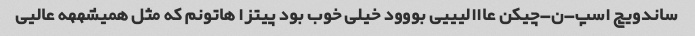
ساندویچ اسپ-ن-چیکن عااالیییی بووود خیلی خوب بود پیتزا هاتونم که مثل همیشههه عالیی